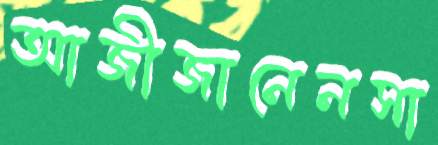
আজীজানেনসা